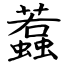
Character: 蠚